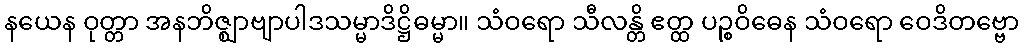
နယေန ဝုတ္တာ အနဘိဇ္ဈာဗျာပါဒသမ္မာဒိဋ္ဌိဓမ္မာ။ သံဝရော သီလန္တိ ဧတ္ထ ပဉ္စဝိဓေန သံဝရော ဝေဒိတဗ္ဗော